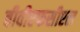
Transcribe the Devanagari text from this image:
बीवीएफसीएल